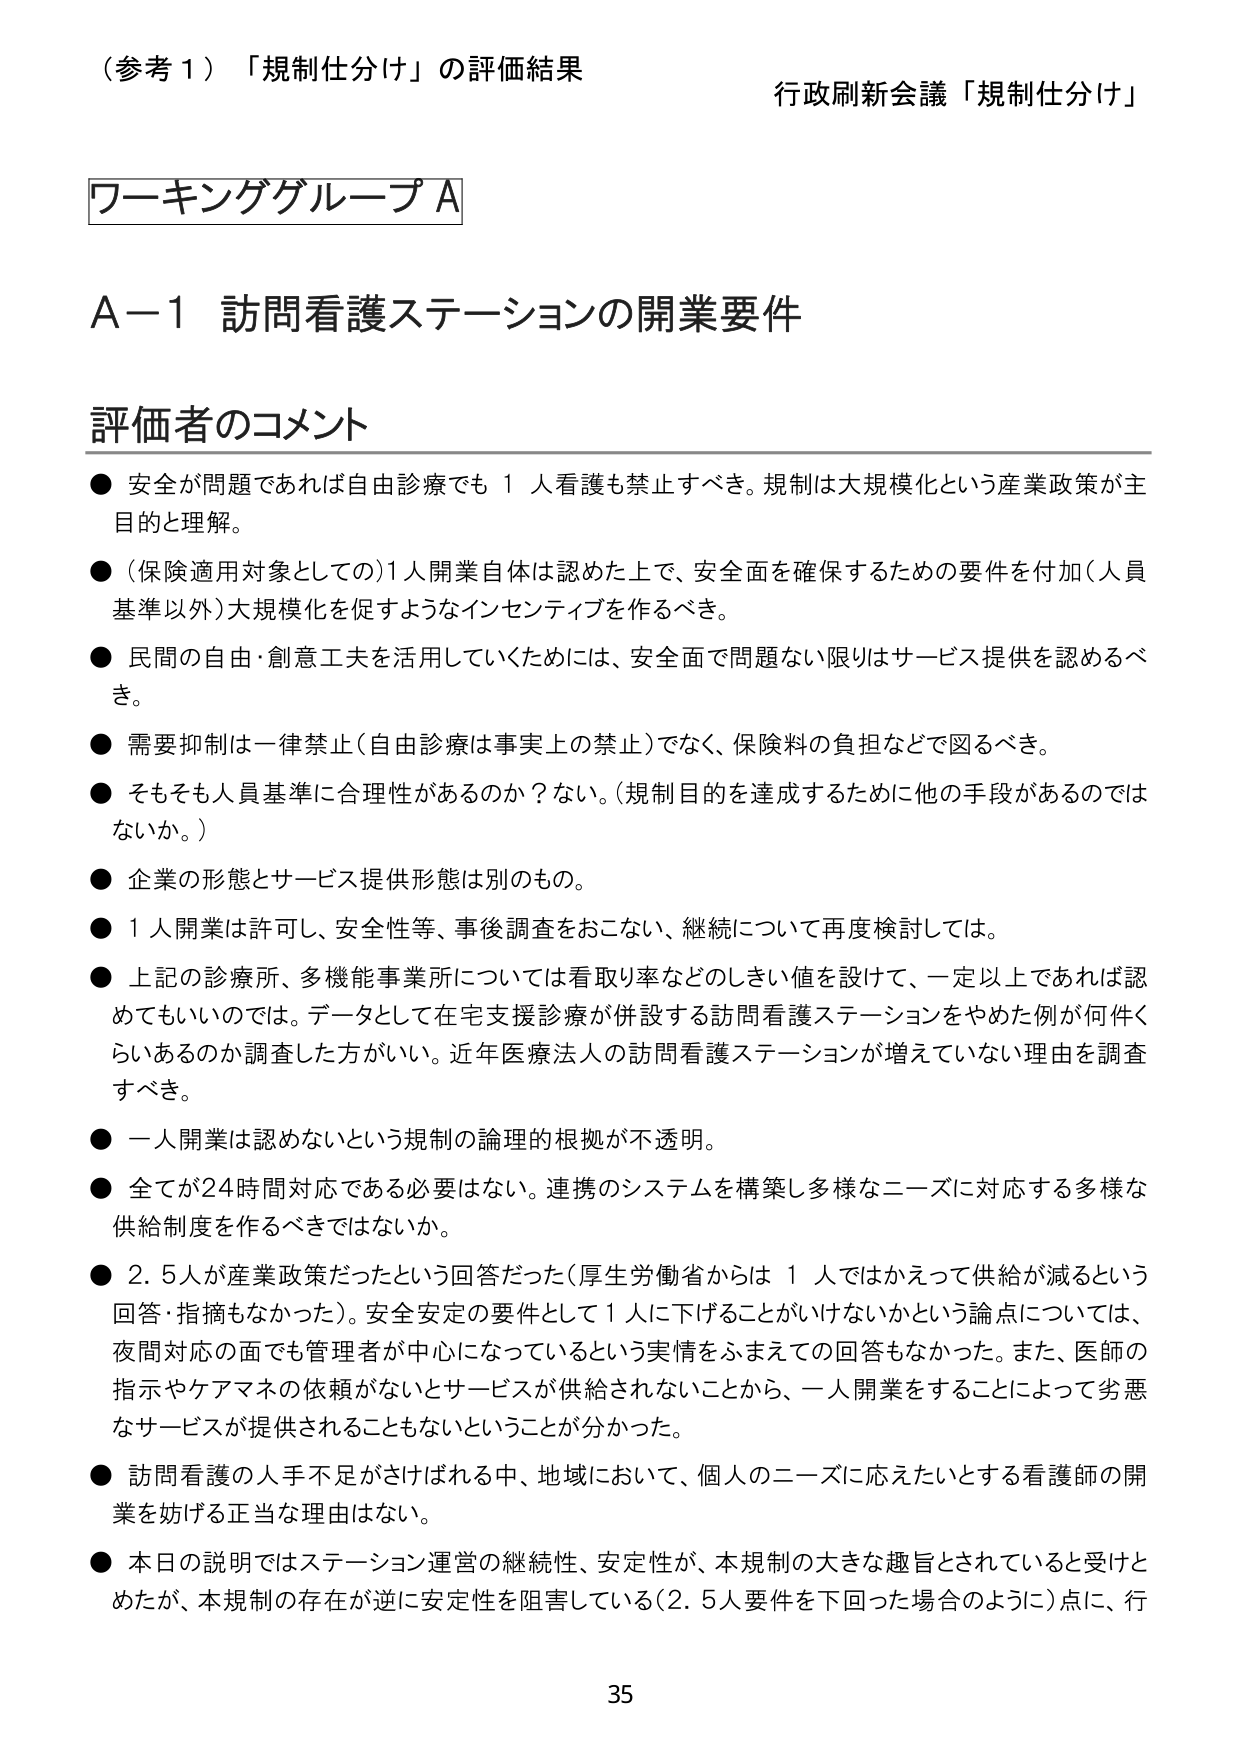
（参考１）「規制仕分け」の評価結果 行政刷新会議「規制仕分け」

ワーキンググループA

A－1 訪問看護ステーションの開業要件

評価者のコメント

● 安全が問題であれば自由診療でも１人看護も禁止すべき。規制は大規模化という産業政策が主目的と理解。

● （保険適用対象としての）１人開業自体は認めた上で、安全面を確保するための要件を付加（人員基準以外）大規模化を促すようなインセンティブを作るべき。

● 民間の自由・創意工夫を活用していくためには、安全面で問題ない限りはサービス提供を認めるべき。

● 需要抑制は一律禁止（自由診療は事実上の禁止）でなく、保険料の負担などで図るべき。

● そもそも人員基準に合理性があるのか？ない。（規制目的を達成するために他の手段があるのではないかな。）

● 企業の形態とサービス提供形態は別のもの。

● １人開業は許可し、安全性等、事後調査をおこない、継続について再度検討しては。

● 上記の診療所、多機能事業所については看取り率などのしきい値を設けて、一定以上であれば認めてもいいのでは。データとして在宅支援診療が併設する訪問看護ステーションをやめた例が何件くらいあるのか調査した方がいい。近年医療法人の訪問看護ステーションが増えていない理由を調査すべき。

● 一人開業は認めないという規制の論理的根拠が不透明。

● 全てが24時間対応である必要はない。連携のシステムを構築し多様なニーズに対応する多様な供給制度を作るべきではないか。

● 2.5人が産業政策だったという回答だった（厚生労働省からは１人ではかえって供給が減るという回答・指摘もなかった）。安全安定の要件として１人に下げることがいけないかという論点については、夜間対応の面でも管理者が中心になっているという実情をふまえての回答もなかった。また、医師の指示やケアマネの依頼がないとサービスが供給されないことから、一人開業をすることによって劣悪なサービスが提供されることもないということが分かった。

● 訪問看護の人手不足がさけられる中、地域において、個人のニーズに応えたいとする看護師の開業を妨げる正当な理由はない。

● 本日の説明ではステーション運営の継続性、安定性が、本規制の大きな趣旨とされていると受けとめたが、本規制の存在が逆に安定性を阻害している（2.5人要件を下回った場合のように）点に、行

35